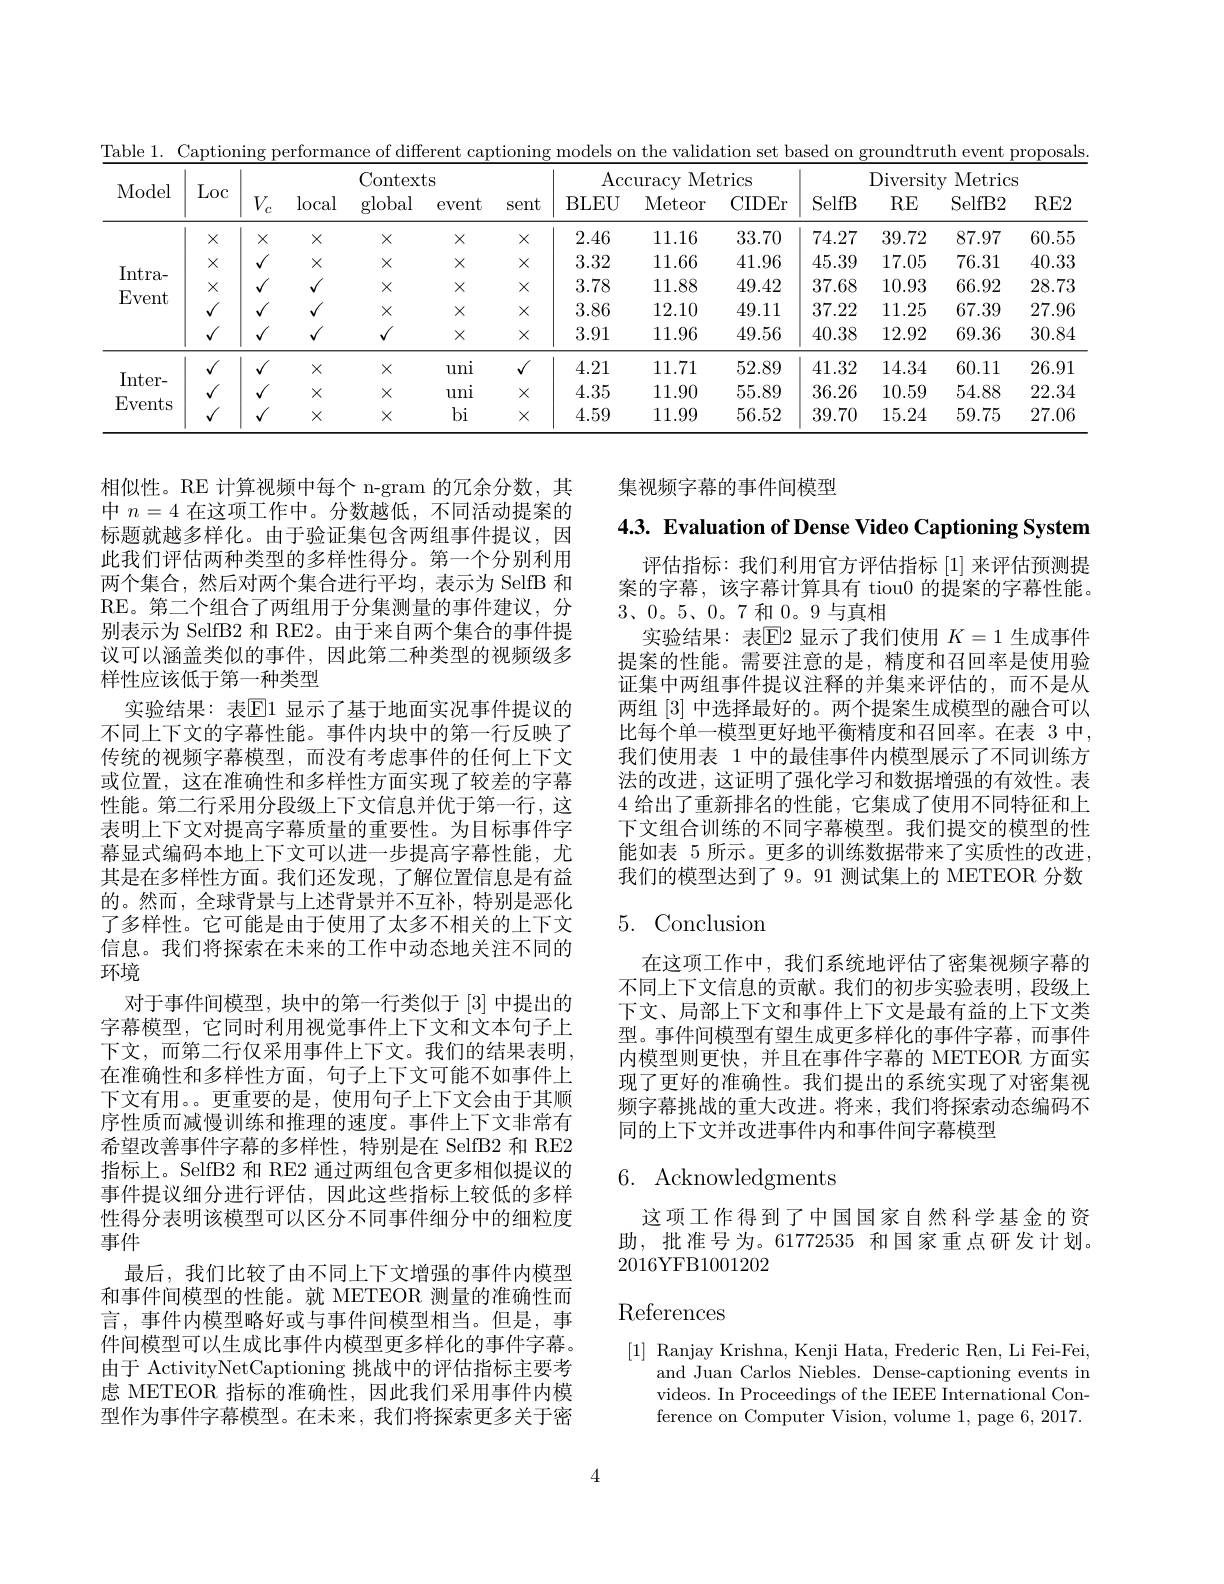
集视频字幕的事件间模型

4.3. Evaluation of Dense Video Captioning System

评估指标：我们利用官方评估指标[1]来评估预测提案的字幕，该字幕计算具有 tiou0 的提案的字幕性能。$3、0。5、0。7$和0。9与真相
实验结果：表$\mathbb{E}$2 显示了我们使用 $K=1$ 生成事件提案的性能。需要注意的是，精度和召回率是使用验证集中两组事件提议注释的并集来评估的，而不是从两组[3] 中选择最好的。两个提案生成模型的融合可以比每个单一模型更好地平衡精度和召回率。在表 3 中， 我们使用表 1 中的最佳事件内模型展示了不同训练方法的改进，这证明了强化学习和数据增强的有效性。表4给出了重新排名的性能，它集成了使用不同特征和上下文组合训练的不同字幕模型。我们提交的模型的性能如表 5 所示。更多的训练数据带来了实质性的改进， 我们的模型达到了 9。91 测试集上的 METEOR 分数

# 5. Conclusion

相似性。RE 计算视频中每个 n-gram 的冗余分数，其中$n=4$在这项工作中。分数越低，不同活动提案的标题就越多样化。由于验证集包含两组事件提议，因此我们评估两种类型的多样性得分。第一个分别利用两个集合，然后对两个集合进行平均，表示为 SelfB 和RE。第二个组合了两组用于分集测量的事件建议，分别表示为 SelfB2 和 RE2。由于来自两个集合的事件提议可以涵盖类似的事件，因此第二种类型的视频级多样性应该低于第一种类型
实验结果：表$\mathbb{E}$1 显示了基于地面实况事件提议的不同上下文的字幕性能。事件内块中的第一行反映了传统的视频字幕模型，而没有考虑事件的任何上下文或位置，这在准确性和多样性方面实现了较差的字幕性能。第二行采用分段级上下文信息并优于第一行，这表明上下文对提高字幕质量的重要性。为目标事件字幕显式编码本地上下文可以进一步提高字幕性能，尤其是在多样性方面。我们还发现，了解位置信息是有益的。然而，全球背景与上述背景并不互补，特别是恶化了多样性。它可能是由于使用了太多不相关的上下文信息。我们将探索在未来的工作中动态地关注不同的环境
对于事件间模型，块中的第一行类似于[3] 中提出的字幕模型，它同时利用视觉事件上下文和文本句子上下文，而第二行仅采用事件上下文。我们的结果表明， 在准确性和多样性方面，句子上下文可能不如事件上下文有用。。更重要的是，使用句子上下文会由于其顺序性质而减慢训练和推理的速度。事件上下文非常有希望改善事件字幕的多样性，特别是在 SelfB2 和 RE2指标上。SelfB2 和 RE2 通过两组包含更多相似提议的事件提议细分进行评估，因此这些指标上较低的多样性得分表明该模型可以区分不同事件细分中的细粒度事件
最后，我们比较了由不同上下文增强的事件内模型和事件间模型的性能。就 METEOR 测量的准确性而言，事件内模型略好或与事件间模型相当。但是，事件间模型可以生成比事件内模型更多样化的事件字幕。由于 ActivityNetCaptioning 挑战中的评估指标主要考虑 METEOR 指标的准确性，因此我们采用事件内模型作为事件字幕模型。在未来，我们将探索更多关于密

在这项工作中，我们系统地评估了密集视频字幕的不同上下文信息的贡献。我们的初步实验表明，段级上下文、局部上下文和事件上下文是最有益的上下文类型。事件间模型有望生成更多样化的事件字幕，而事件内模型则更快，并且在事件字幕的 METEOR 方面实现了更好的准确性。我们提出的系统实现了对密集视频字幕挑战的重大改进。将来，我们将探索动态编码不同的上下文并改进事件内和事件间字幕模型

# 6. Acknowledgments

这项工作得到了中国国家自然科学基金的资助，批准号为。61772535 和国家重点研发计划。2016YFB1001202

# References

[1] Ranjay Krishna, Kenji Hata, Frederic Ren, Li Fei-Fei,
and Juan Carlos Niebles. Dense-captioning events in videos. In Proceedings of the IEEE International Conference on Computer Vision, volume 1, page 6, 2017.

4